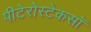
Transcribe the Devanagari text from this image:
पीटेरोस्टेकसॉ